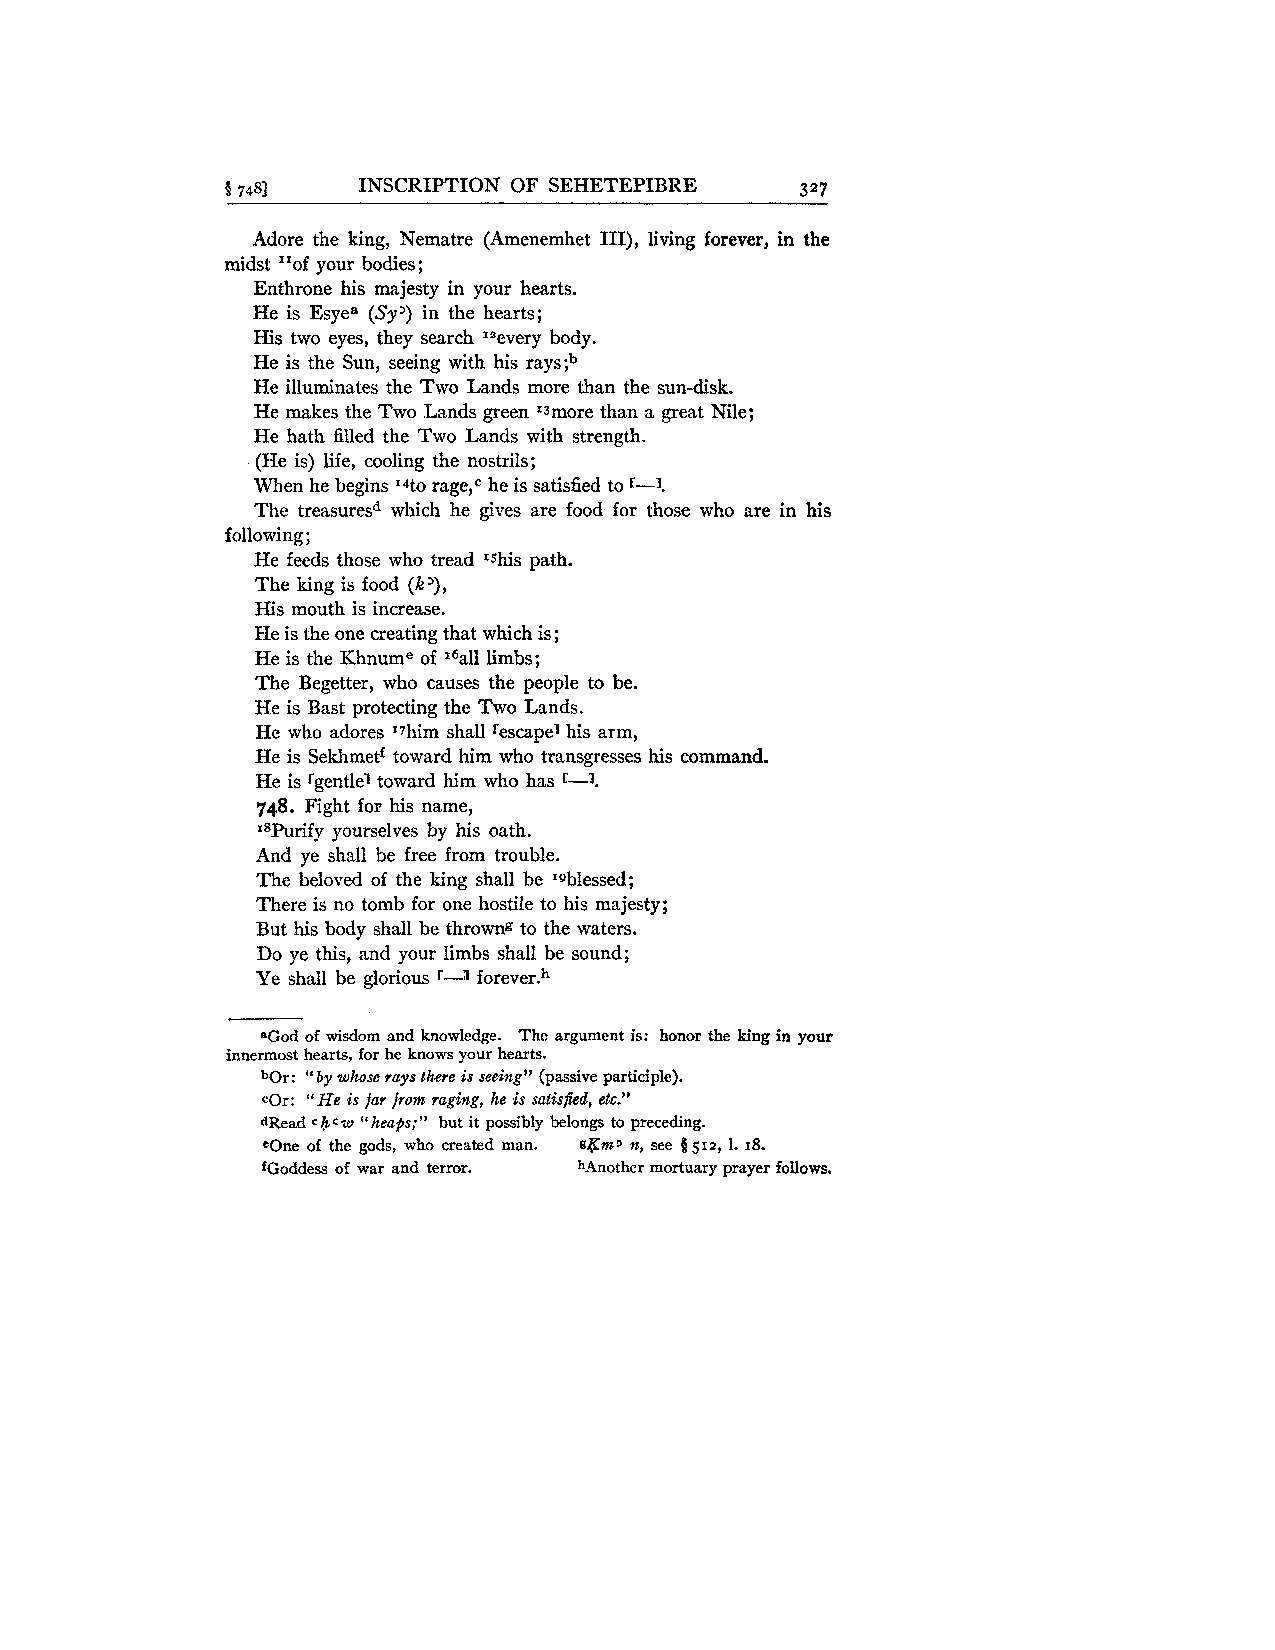
!7 481   INSCRIPTION OF SEHETEPIBRE   327
 Adore the king, Nematre (Amenemhet 111), living forever, in the
 midst 'of your bodies ;
 I
 Enthrone his majesty in your hearts.
 He is Esyea (Sy') in the hearts;
 His two eyes, they search I2every body.
 He is the Sun, seeing with his rays;b
 He illuminates the Two Lands more than the sun-disk.
 He makes the Two Lands green Ismore than a great Nile;
 He hath filled the Two Lands with strength.
 (He is) life, cooling the nostrils;
 When he begins 14to rage,c he is satisfied to r-1.
 The treasuresd which he gives are food for those who are in his
 following;
 He feeds those who tread Ishis path.
 The king is food (k '),
 His mouth is increase.
 He is the one creating that which is;
 He is the Khnume of 16all limbs;
 The Begetter, who causes the people to be.
 He is Bast protecting the Two Lands.
 He who adores I7him shall rescapel his arm,
 He is Sekhmetf toward him who transgresses his command.
 He is rgentlel toward him who has c-3.
 748. Fight for his name,
 18Purify yourselves by his oath.
 And ye shall be free from trouble.
 The beloved of the king shall be Isblessed;
 There is no tomb for one hostile to his majesty;
 But his body shall be throwng to the waters.
 Do ye this, and your limbs shall be sound;
 Ye shall be glorious r-3 f~rever.~
 *God of wisdom and knowledge. The argument is: honor the king in your
 innermost hearts, for he knows your hearts.
 bOr: "by whose rays there is seeing" (passive participle).
 cOr: "He is far from raging, he is satisfid, etc."
 dRead c hcw "heaps;" but it possibly belongs to preceding.
 eOne of the gods, who created man. gKms n, see Q 512, 1. 18.
 fGoddess of war and terror. hAnother mortuary prayer follows.